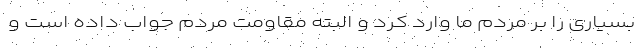
بسیاری را بر مردم ما وارد کرد و البته مقاومت مردم جواب داده است و